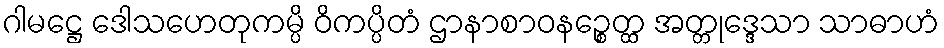
ဂါမဋ္ဌေ ဒေါသဟေတုကမ္ပိ ဝိကပ္ပိတံ ဌာနာစာဝနဉ္စေတ္ထ အတ္တုဒ္ဒေသာ သာဓာဟံ